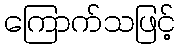
ကြောက်သဖြင့်